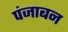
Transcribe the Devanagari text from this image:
पंजाबन